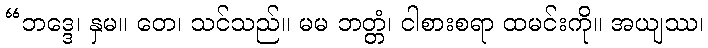
“ဘဒ္ဒေ၊ နှမ။ တေ၊ သင်သည်။ မမ ဘတ္တံ၊ ငါစားစရာ ထမင်းကို။ အယျဿ၊